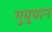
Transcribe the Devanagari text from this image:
गुयुयान